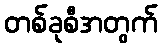
တစ်ခုစီအတွက်